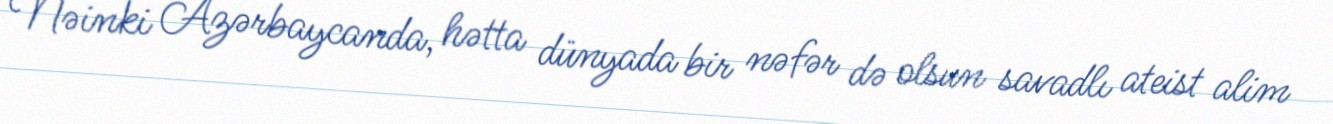
Nəinki Azərbaycanda, hətta dünyada bir nəfər də olsun savadlı ateist alim